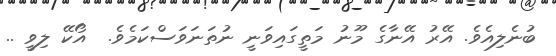
ބުނެލިއެވެ. އޭރު އޭނާގެ މޫނު މަތީގައިވަނީ ނުތަނަވަސްކަމެވެ.  އޯކޭ ލިވީ ..